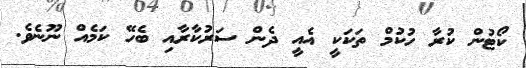
ކޯޓުން ކުރާ ހުކުމް ތަކަކީ އެއީ ދެން ސަރުކާރާއި ބެހޭ ކަމެއް ނޫނެވެ.